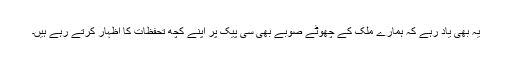
یہ بھی یاد رہے کہ ہمارے ملک کے چھوٹے صوبے بھی سی پیک پر اپنے کچھ تحفظات کا اظہار کرتے رہے ہیں۔